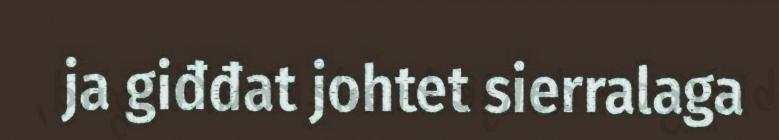
ja giđđat johtet sierralaga